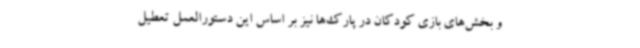
و بخش‌های بازی کودکان در پارک‌ها نیز بر اساس این دستورالعمل تعطیل